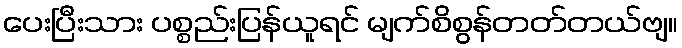
ပေးပြီးသား ပစ္စည်းပြန်ယူရင် မျက်စိစွန်တတ်တယ်ဗျ။